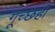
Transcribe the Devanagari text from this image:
गूच्छही